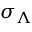
\sigma _ { \Lambda }